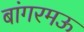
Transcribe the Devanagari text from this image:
बांगरमऊ